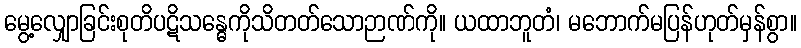
မွေ့လျှောခြင်းစုတိပဋိသန္ဓေကိုသိတတ်သောဉာဏ်ကို။ ယထာဘူတံ၊ မဘောက်မပြန်ဟုတ်မှန်စွာ။